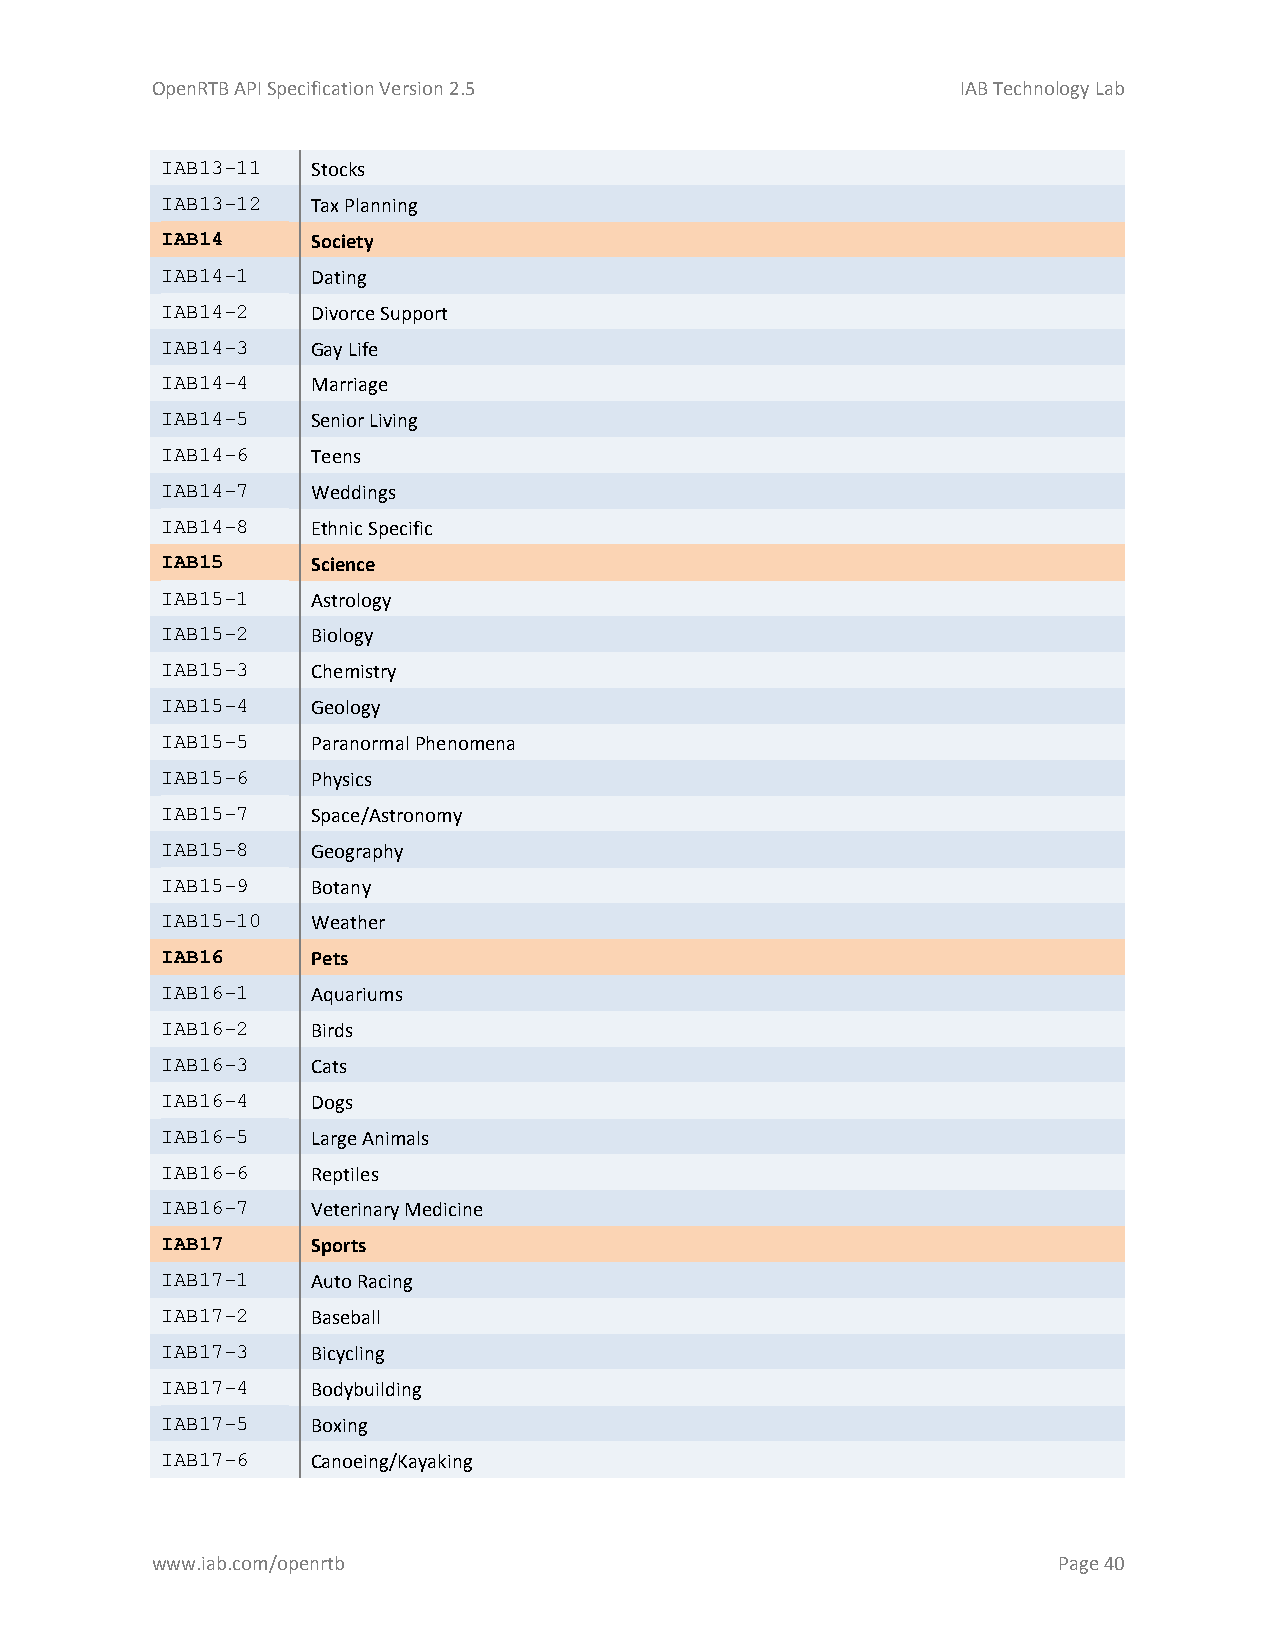
OpenRTB API Specification Version 2.5                 IAB Technology Lab
 IAB13-11  Stocks
 IAB13-12  Tax Planning
 IAB14     Society
 IAB14-1   Dating
 IAB14-2   Divorce Support
 IAB14-3   Gay Life
 IAB14-4   Marriage
 IAB14-5   Senior Living
 IAB14-6   Teens
 IAB14-7   Weddings
 IAB14-8   Ethnic Specific
 IAB15     Science
 IAB15-1   Astrology
 IAB15-2   Biology
 IAB15-3   Chemistry
 IAB15-4   Geology
 IAB15-5   Paranormal Phenomena
 IAB15-6   Physics
 IAB15-7   Space/Astronomy
 IAB15-8   Geography
 IAB15-9   Botany
 IAB15-10  Weather
 IAB16     Pets
 IAB16-1   Aquariums
 IAB16-2   Birds
 IAB16-3   Cats
 IAB16-4   Dogs
 IAB16-5   Large Animals
 IAB16-6   Reptiles
 IAB16-7   Veterinary Medicine
 IAB17     Sports
 IAB17-1   Auto Racing
 IAB17-2   Baseball
 IAB17-3   Bicycling
 IAB17-4   Bodybuilding
 IAB17-5   Boxing
 IAB17-6   Canoeing/Kayaking
 www.iab.com/openrtb                                         Page 40